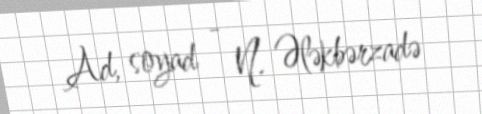
Ad, soyad - N. Ələkbərzadə